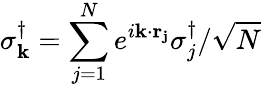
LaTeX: \sigma_{\mathbf{k}}^{\dagger}=\sum_{j=1}^{N}e^{i\mathbf{k}\cdot\mathbf{r_{j}}}\sigma_{j}^{\dagger}/\sqrt{N}